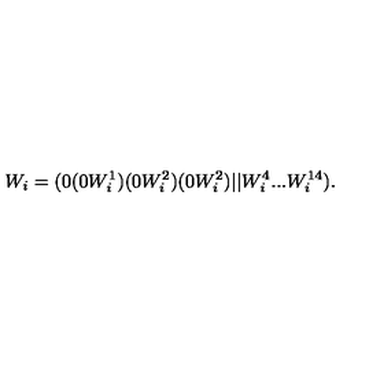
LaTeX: W _ { i } = ( 0 ( 0 W _ { i } ^ { 1 } ) ( 0 W _ { i } ^ { 2 } ) ( 0 W _ { i } ^ { 2 } ) \vert \vert W _ { i } ^ { 4 } . . . W _ { i } ^ { 1 4 } ) .